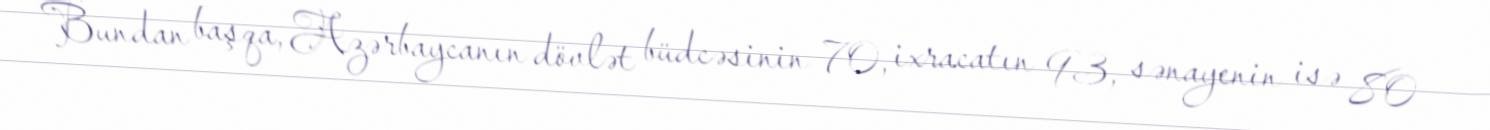
Bundan başqa, Azərbaycanın dövlət büdcəsinin 70, ixracatın 93, sənayenin isə 80